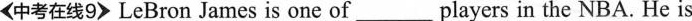
<中考在线9> LeBron James is one of___players in the NBA. He is